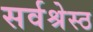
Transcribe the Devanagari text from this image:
सर्वश्रेस्ठ